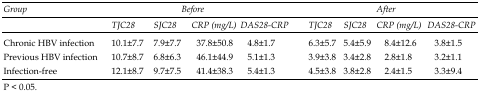
<table><thead><tr><td rowspan="2"><b>Group</b></td><td colspan="4"><b>Before</b></td><td colspan="4"><b>After</b></td></tr><tr><td><b>TJC28</b></td><td><b>SJC28</b></td><td><b>CRP (mg/L)</b></td><td><b>DAS28-CRP</b></td><td><b>TJC28</b></td><td><b>SJC28</b></td><td><b>CRP (mg/L)</b></td><td><b>DAS28-CRP</b></td></tr></thead><tbody><tr><td>Chronic HBV infection</td><td>10.1±7.7</td><td>7.9±7.7</td><td>37.8±50.8</td><td>4.8±1.7</td><td>6.3±5.7</td><td>5.4±5.9</td><td>8.4±12.6</td><td>3.8±1.5</td></tr><tr><td>Previous HBV infection</td><td>10.7±8.7</td><td>6.8±6.3</td><td>46.1±44.9</td><td>5.1±1.3</td><td>3.9±3.8</td><td>3.4±2.8</td><td>2.8±1.8</td><td>3.2±1.1</td></tr><tr><td>Infection-free</td><td>12.1±8.7</td><td>9.7±7.5</td><td>41.4±38.3</td><td>5.4±1.3</td><td>4.5±3.8</td><td>3.8±2.8</td><td>2.4±1.5</td><td>3.3±9.4</td></tr></tbody></table>